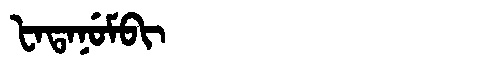
Manchu: ᡶᠠᡨᠠᠨᡠᠮᠪᡳ
Romanization: FATANUMBI